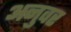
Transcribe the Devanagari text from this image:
अनुवर